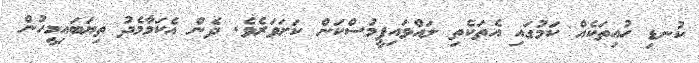
ކުނޑި ހުއިތަކެއް ކަމުގައި އެތަކެތި ލައްވައިފީމުސްކަން ކަށަވަރެވެ. ދެން އެކަމާމެދު ތިޔަބައިމީހުން